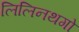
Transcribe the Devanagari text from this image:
लिलिनथगो